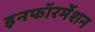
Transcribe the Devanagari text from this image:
इनफॉरर्मेशन